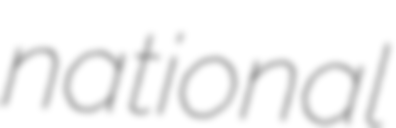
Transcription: national